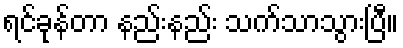
ရင်ခုန်တာ နည်းနည်း သက်သာသွားပြီ။